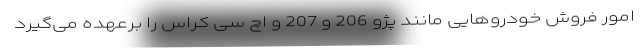
امور فروش خودروهایی مانند پژو 206 و 207 و اچ سی کراس را برعهده می‌گیرد